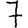
Digit: 7